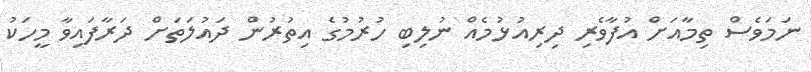
ނަމަވެސް ތިމާއަށް އުފާވެރި ދިރިއުޅުމެއް ނުލިބި ހުރުމުގެ އިތުރުން ދައުލަތަށް ދަރާފައިވާ މީހަކު